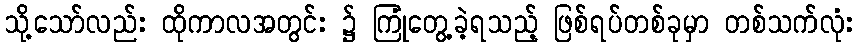
သို့သော်လည်း ထိုကာလအတွင်း ၌ ကြုံတွေ့ခဲ့ရသည့် ဖြစ်ရပ်တစ်ခုမှာ တစ်သက်လုံး